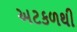
અટકળથી